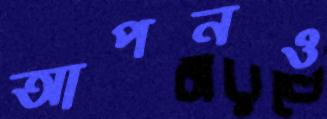
আপনও